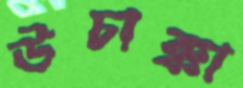
উচাক্কা